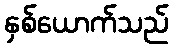
နှစ်ယောက်သည်